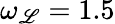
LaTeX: \omega_{\mathscr{L}}=1.5